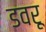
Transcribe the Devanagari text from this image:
डवरू